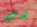
تدعنى